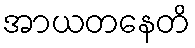
အာယတနေတိ